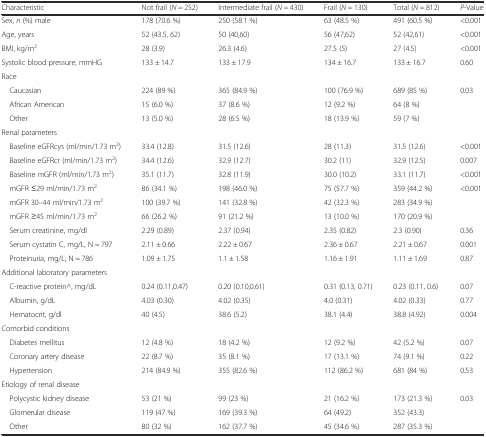
<table><thead><tr><td><b>Characteristic</b></td><td><b>Not frail (<i>N</i> = 252)</b></td><td><b>Intermediate frail (<i>N</i> = 430)</b></td><td><b>Frail (<i>N</i> = 130)</b></td><td><b>Total (<i>N</i> = 812)</b></td><td><b><i>P</i>-Value</b></td></tr></thead><tbody><tr><td>Sex, <i>n</i> (%) male</td><td>178 (70.6 %)</td><td>250 (58.1 %)</td><td>63 (48.5 %)</td><td>491 (60.5 %)</td><td>&lt;0.001</td></tr><tr><td>Age, years</td><td>52 (43.5, 62)</td><td>50 (40,60)</td><td>56 (47,62)</td><td>52 (42,61)</td><td>&lt;0.001</td></tr><tr><td>BMI, kg/m<sup>2</sup></td><td>28 (3.9)</td><td>26.3 (4.6)</td><td>27.5 (5)</td><td>27 (4.5)</td><td>&lt;0.001</td></tr><tr><td>Systolic blood pressure, mmHG</td><td>133 ± 14.7</td><td>133 ± 17.9</td><td>134 ± 16.7</td><td>133 ± 16.7</td><td>0.60</td></tr><tr><td colspan="6">Race</td></tr><tr><td> Caucasian</td><td>224 (89 %)</td><td>365 (84.9 %)</td><td>100 (76.9 %)</td><td>689 (85 %)</td><td>0.03</td></tr><tr><td> African American</td><td>15 (6.0 %)</td><td>37 (8.6 %)</td><td>12 (9.2 %)</td><td>64 (8 %)</td><td></td></tr><tr><td> Other</td><td>13 (5.0 %)</td><td>28 (6.5 %)</td><td>18 (13.9 %)</td><td>59 (7 %)</td><td></td></tr><tr><td colspan="6">Renal parameters</td></tr><tr><td> Baseline eGFRcys (ml/min/1.73 m<sup>2</sup>)</td><td>33.4 (12.8)</td><td>31.5 (12.6)</td><td>28 (11.3)</td><td>31.5 (12.6)</td><td>&lt;0.001</td></tr><tr><td> Baseline eGFRcr (ml/min/1.73 m<sup>2</sup>)</td><td>34.4 (12.6)</td><td>32.9 (12.7)</td><td>30.2 (11)</td><td>32.9 (12.5)</td><td>0.007</td></tr><tr><td> Baseline mGFR (ml/min/1.73 m<sup>2</sup>)</td><td>35.1 (11.7)</td><td>32.8 (11.9)</td><td>30.0 (10.2)</td><td>33.1 (11.7)</td><td>&lt;0.001</td></tr><tr><td> mGFR ≤29 ml/min/1.73 m<sup>2</sup></td><td>86 (34.1 %)</td><td>198 (46.0 %)</td><td>75 (57.7 %)</td><td>359 (44.2 %)</td><td>&lt;0.001</td></tr><tr><td> mGFR 30–44 ml/min/1.73 m<sup>2</sup></td><td>100 (39.7 %)</td><td>141 (32.8 %)</td><td>42 (32.3 %)</td><td>283 (34.9 %)</td><td></td></tr><tr><td> mGFR ≥45 ml/min/1.73 m<sup>2</sup></td><td>66 (26.2 %)</td><td>91 (21.2 %)</td><td>13 (10.0 %)</td><td>170 (20.9 %)</td><td></td></tr><tr><td> Serum creatinine, mg/dl</td><td>2.29 (0.89)</td><td>2.37 (0.94)</td><td>2.35 (0.82)</td><td>2.3 (0.90)</td><td>0.36</td></tr><tr><td> Serum cystatin C, mg/L, N = 797</td><td>2.11 ± 0.66</td><td>2.22 ± 0.67</td><td>2.36 ± 0.67</td><td>2.21 ± 0.67</td><td>0.001</td></tr><tr><td> Proteinuria, mg/L, N = 786</td><td>1.09 ± 1.75</td><td>1.1 ± 1.58</td><td>1.16 ± 1.91</td><td>1.11 ± 1.69</td><td>0.87</td></tr><tr><td colspan="6">Additional laboratory parameters</td></tr><tr><td> C-reactive protein^, mg/dL</td><td>0.24 (0.11,0.47)</td><td>0.20 (0.10,0.61)</td><td>0.31 (0.13, 0.71)</td><td>0.23 (0.11, 0.6)</td><td>0.07</td></tr><tr><td> Albumin, g/dL</td><td>4.03 (0.30)</td><td>4.02 (0.35)</td><td>4.0 (0.31)</td><td>4.02 (0.33)</td><td>0.77</td></tr><tr><td> Hematocrit, g/dl</td><td>40 (4.5)</td><td>38.6 (5.2)</td><td>38.1 (4.4)</td><td>38.8 (4.92)</td><td>0.004</td></tr><tr><td colspan="6">Comorbid conditions</td></tr><tr><td> Diabetes mellitus</td><td>12 (4.8 %)</td><td>18 (4.2 %)</td><td>12 (9.2 %)</td><td>42 (5.2 %)</td><td>0.07</td></tr><tr><td> Coronary artery disease</td><td>22 (8.7 %)</td><td>35 (8.1 %)</td><td>17 (13.1 %)</td><td>74 (9.1 %)</td><td>0.22</td></tr><tr><td> Hypertension</td><td>214 (84.9 %)</td><td>355 (82.6 %)</td><td>112 (86.2 %)</td><td>681 (84 %)</td><td>0.53</td></tr><tr><td colspan="6">Etiology of renal disease</td></tr><tr><td> Polycystic kidney disease</td><td>53 (21 %)</td><td>99 (23 %)</td><td>21 (16.2 %)</td><td>173 (21.3 %)</td><td>0.03</td></tr><tr><td> Glomerular disease</td><td>119 (47 %)</td><td>169 (39.3 %)</td><td>64 (49.2)</td><td>352 (43.3)</td><td></td></tr><tr><td> Other</td><td>80 (32 %)</td><td>162 (37.7 %)</td><td>45 (34.6 %)</td><td>287 (35.3 %)</td><td></td></tr></tbody></table>